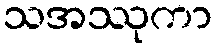
သအဿုကာ